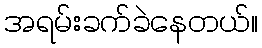
အရမ်းခက်ခဲနေတယ်။